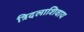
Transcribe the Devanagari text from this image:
त्रिदलाशिवाय